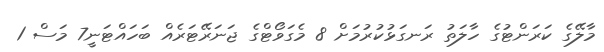
މާލޭގެ ކަރަންޓުގެ ހާލަތު ރަނގަޅުކުރުމަށް 8 މެގަވޯޓްގެ ޖަނަރޭޓަރެއް ބަހައްޓަނީ7 މަސް 1